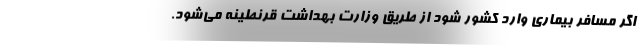
اگر مسافر بیماری وارد کشور شود از طریق وزارت بهداشت قرنطینه می‌شود.